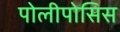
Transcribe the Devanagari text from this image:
पोलीपोसिस